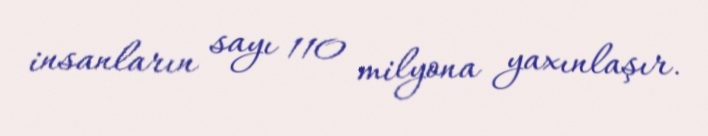
insanların sayı 110 milyona yaxınlaşır.